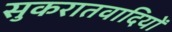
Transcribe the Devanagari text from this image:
सुकरातवादियों